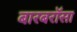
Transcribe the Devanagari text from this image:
बारबरॉसा